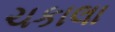
ચકાલા